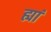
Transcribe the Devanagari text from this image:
ह्यां